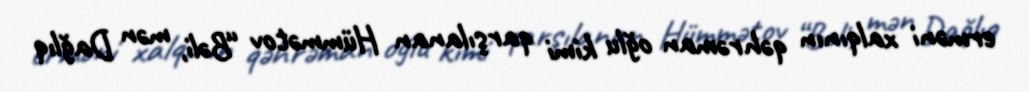
erməni xalqının qəhrəman oğlu kimi qarşılanan Hümmətov “Bəli, mən Dağlıq